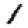
Digit: 1